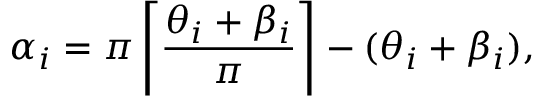
\alpha _ { i } = \pi \left\lceil \frac { \theta _ { i } + \beta _ { i } } { \pi } \right\rceil - ( \theta _ { i } + \beta _ { i } ) ,